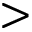
>